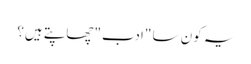
یہ کون سا "ادب" چھاپتے ہیں؟